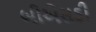
બીએસડી